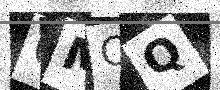
Text: 6MCQ